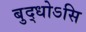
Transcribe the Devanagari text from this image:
बुद्धोऽसि